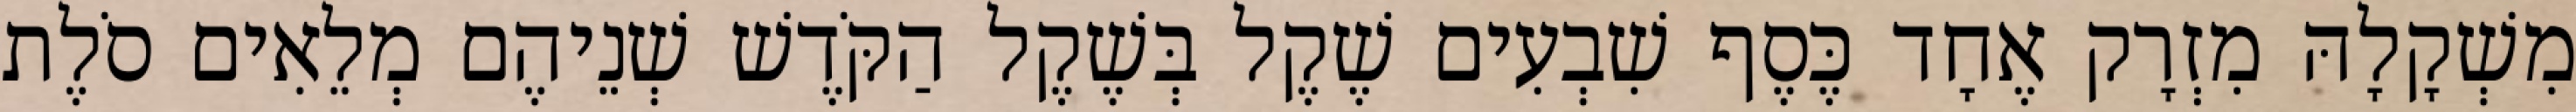
מִשְׁקָלָהּ מִזְרָק אֶחָד כֶּסֶף שִׁבְעִים שֶׁקֶל בְּשֶׁקֶל הַקֹּדֶשׁ שְׁנֵיהֶם מְלֵאִים סֹלֶת